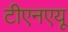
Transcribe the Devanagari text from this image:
टीएनएयू